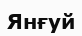
Янғуй